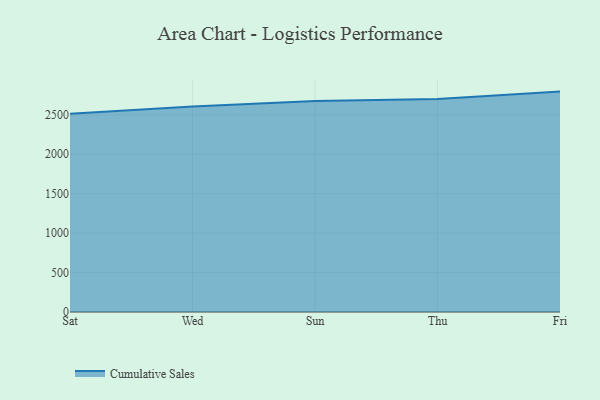
{"axis": {"x": "Day", "y": "Customer Acquisition Cost (USD)"}, "legend": ["Cumulative Sales"], "data": [{"x": "Sat", "y": 2513.3, "type": "Cumulative Sales"}, {"x": "Wed", "y": 2606.6, "type": "Cumulative Sales"}, {"x": "Sun", "y": 2674.9, "type": "Cumulative Sales"}, {"x": "Thu", "y": 2700.9, "type": "Cumulative Sales"}, {"x": "Fri", "y": 2794.8, "type": "Cumulative Sales"}]}